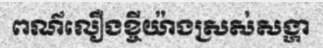
ពណ៌លឿងខ្ចីយ៉ាងស្រស់សង្ហា